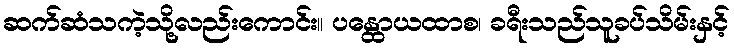
ဆက်ဆံသကဲ့သို့လည်းကောင်း။ ပန္ထောယထာစ၊ ခရီးသည်သူခပ်သိမ်းနှင့်